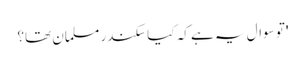
' تو سوال یہ ہے کہ کیا سکندر مسلمان تھا؟